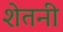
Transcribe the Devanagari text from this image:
शेतनी